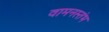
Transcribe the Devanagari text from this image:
वामनस्तंभ